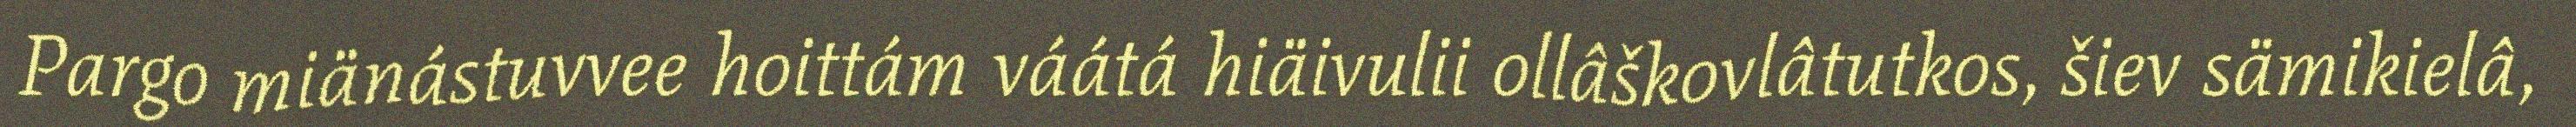
Pargo miänástuvvee hoittám váátá hiäivulii ollâškovlâtutkos, šiev sämikielâ,